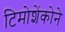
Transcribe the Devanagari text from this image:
टिमोशेंकोने